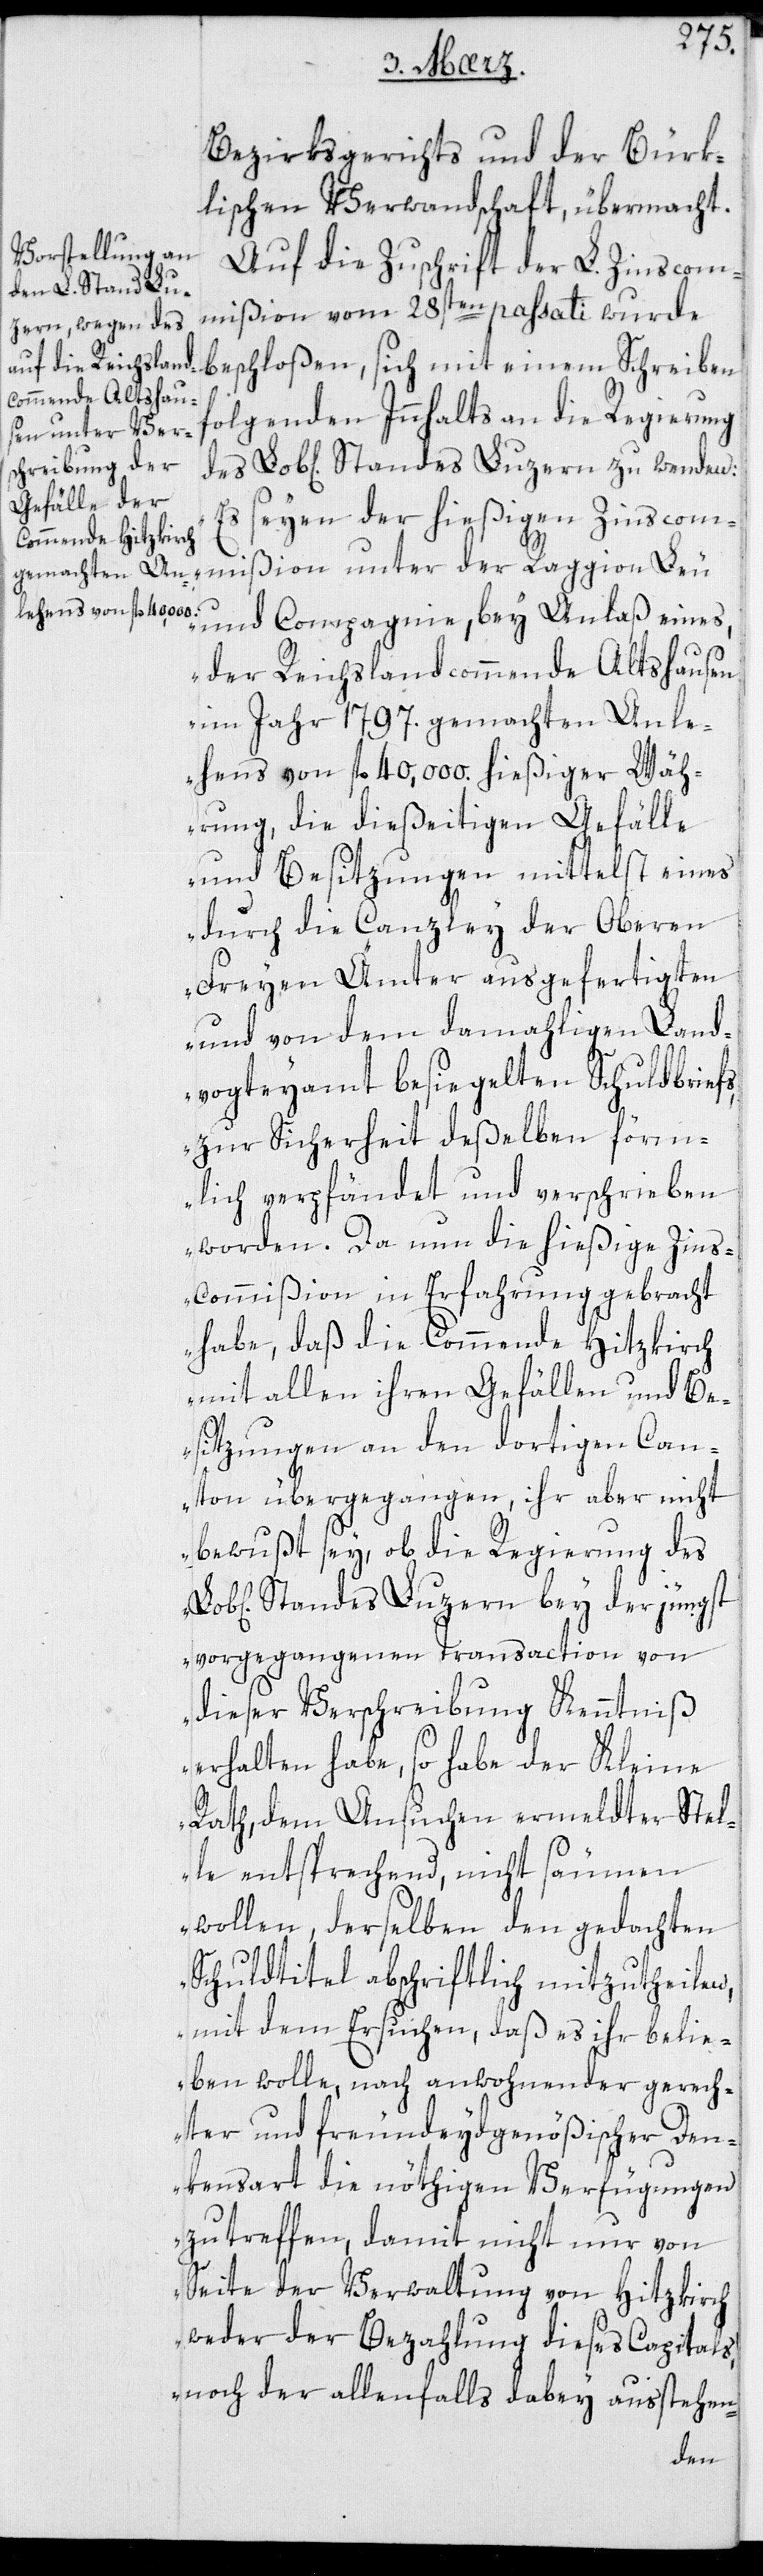
Bezirksgerichts und der Bürk¬
lischen Verwandtschaft übermacht.
Auf die Zuschrift der L. Zinscom¬
mißion vom 28sten paßati wurde
beschloßen, sich mit einem Schreiben
folgenden Inhalts an die Regierung
seyen der hießigen Zinscom¬
mißion unter der Raggion Leu
und Compagnie, bey Anlaß eines
der Reichslandcommende Altshausen
im Jahr 1797. gemachten Anl¬
ehens von fl. 40 000. hießiger Wäh¬
rung, die dießeitigen Gefälle
und Besitzungen mittelst eines
durch die Canzley der Oberen
Freyen Ämter ausgefertigten
und von dem damahligen Land¬
vogteyamt besiegelten Schuldbriefs,
zur Sicherheit deßelben förm¬
lich verpfändet und verschrieben
worden. Da nun die hießige Zins¬
commißion in Erfahrung gebracht
habe, daß die Commende Hitzkirch
mit allen ihren Gefällen und Be¬
sitzungen an den dortigen Can¬
ton übergegangen, ihr aber nicht
bewußt sey, ob die Regierung des
Standes Luzern bey der jüngst
vorgegangenen Transaction von
dieser Verschreibung Kenntniß
erhalten habe, so habe der Kleine
Rath, dem Ansuchen ermeldter Stel¬
le entsprechend, nicht säumen
wollen, derselben den gedachten
Schuldtitel abschriftlich mitzutheilen,
mit dem Ersuchen, daß es ihr belie¬
ben wolle, nach anwohnender gerech¬
ter und freundeydgenößischer Den¬
kensart die nöthigen Verfügungen
zu treffen, damit nicht nur von
Seite der Verwaltung von Hitzkirch
weder der Bezahlung dieses Capitals,
noch der allenfalls dabey ausstehen-